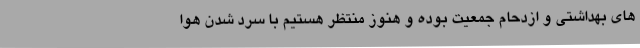
های بهداشتی و ازدحام جمعیت بوده و هنوز منتظر هستیم با سرد شدن هوا